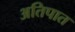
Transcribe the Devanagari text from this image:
अतिपात